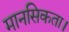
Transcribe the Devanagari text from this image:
मानसिकता।